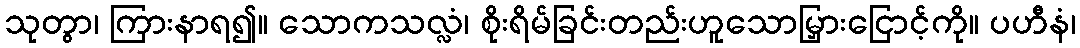
သုတွာ၊ ကြားနာရ၍။ သောကသလ္လံ၊ စိုးရိမ်ခြင်းတည်းဟူသောမြှားငြောင့်ကို။ ပဟီနံ၊